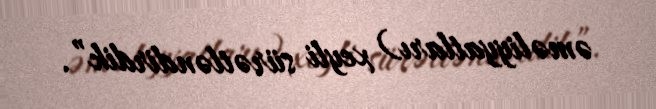
əməliyyatları) xeyli sürətləndirdik”.